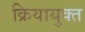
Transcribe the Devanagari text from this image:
क्रियायुक्त